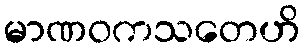
မာဏဝကသတေဟိ